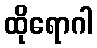
ထိုရောဂါ